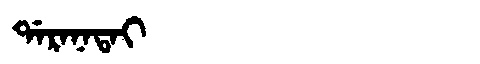
Manchu: ᡩᠠᡵᠠᠨᠠᡨᠠᡳ
Romanization: DARANATAI